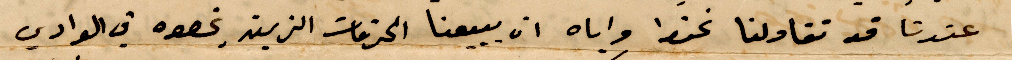
عندنا قد تقاولنا نحفظ واياه ان يبيعنا الخدمات الزيت بخصوص في الوادي